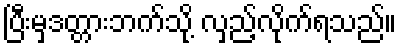
ပြီးမှဒတ္တားဘက်သို့ လှည့်လိုက်ရသည်။